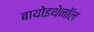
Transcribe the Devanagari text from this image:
बायोइथेनॉल